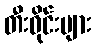
တီးဝိုင်းများ